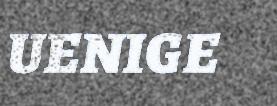
UENIGE